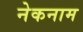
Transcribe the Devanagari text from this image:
नेकनाम